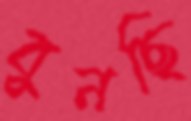
বুনছি